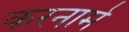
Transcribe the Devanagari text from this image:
करनामे